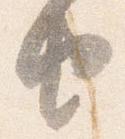
由